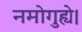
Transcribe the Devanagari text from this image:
नमोगुह्ये।